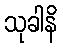
သုခါနိ